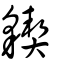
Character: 䝟